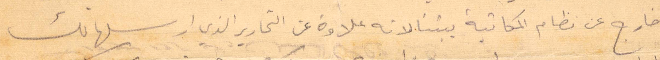
خارج عن نظام المكاتبة بيننا لانه علاوة عن التحارير الذي أرسلها لك